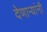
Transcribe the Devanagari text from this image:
देणाऱ्यांनी